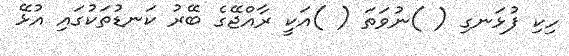
ހިކި ފުޅަނގި ( )ނުވަތަ ( )އަކީ ރާއްޖޭގެ ބޭރު ކަނޑުތަކުގައި އުޅޭ